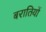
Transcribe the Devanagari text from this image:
बरातियों